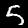
Label: 5